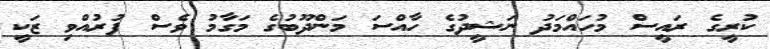
ކުރީގެ ރައީސް މުހައްމަދު ނަޝީދުގެ ހާއްސަ މަންދޫބުގެ މަގާމު ވެސް ފުރުއްވި ޒަކީ